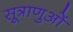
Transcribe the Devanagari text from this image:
सूत्राणुओं